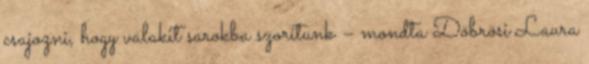
csajozni, hogy valakit sarokba szorítunk – mondta Döbrösi Laura